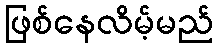
ဖြစ်နေလိမ့်မည်